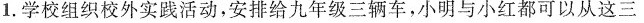
1.学校组织校外实践活动，安排给九年级三辆车，小明与小红都可以从这三